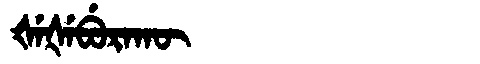
Manchu: ᡧᡝᡧᡝᠪᡠᡵᠠᡴᡡ
Romanization: ŠEŠEBURAKŪ